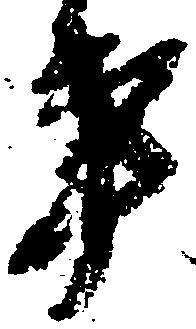
事